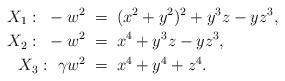
LaTeX: \begin{align*}X_1 \, \colon \; -w^2 \; &= \; (x^2+y^2)^2+y^3z-yz^3,\\X_2 \, \colon \; -w^2 \; &= \; x^4+y^3z-yz^3,\\X_3 \, \colon \; \gamma w^2 \; &= \; x^4+y^4+z^4.\end{align*}